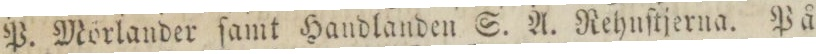
P. Mörlander ſamt Handlanden S. A. Rehnſtjerna. På